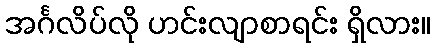
အင်္ဂလိပ်လို ဟင်းလျာစာရင်း ရှိလား။